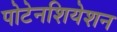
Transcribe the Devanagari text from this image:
पोटेनशियेशन